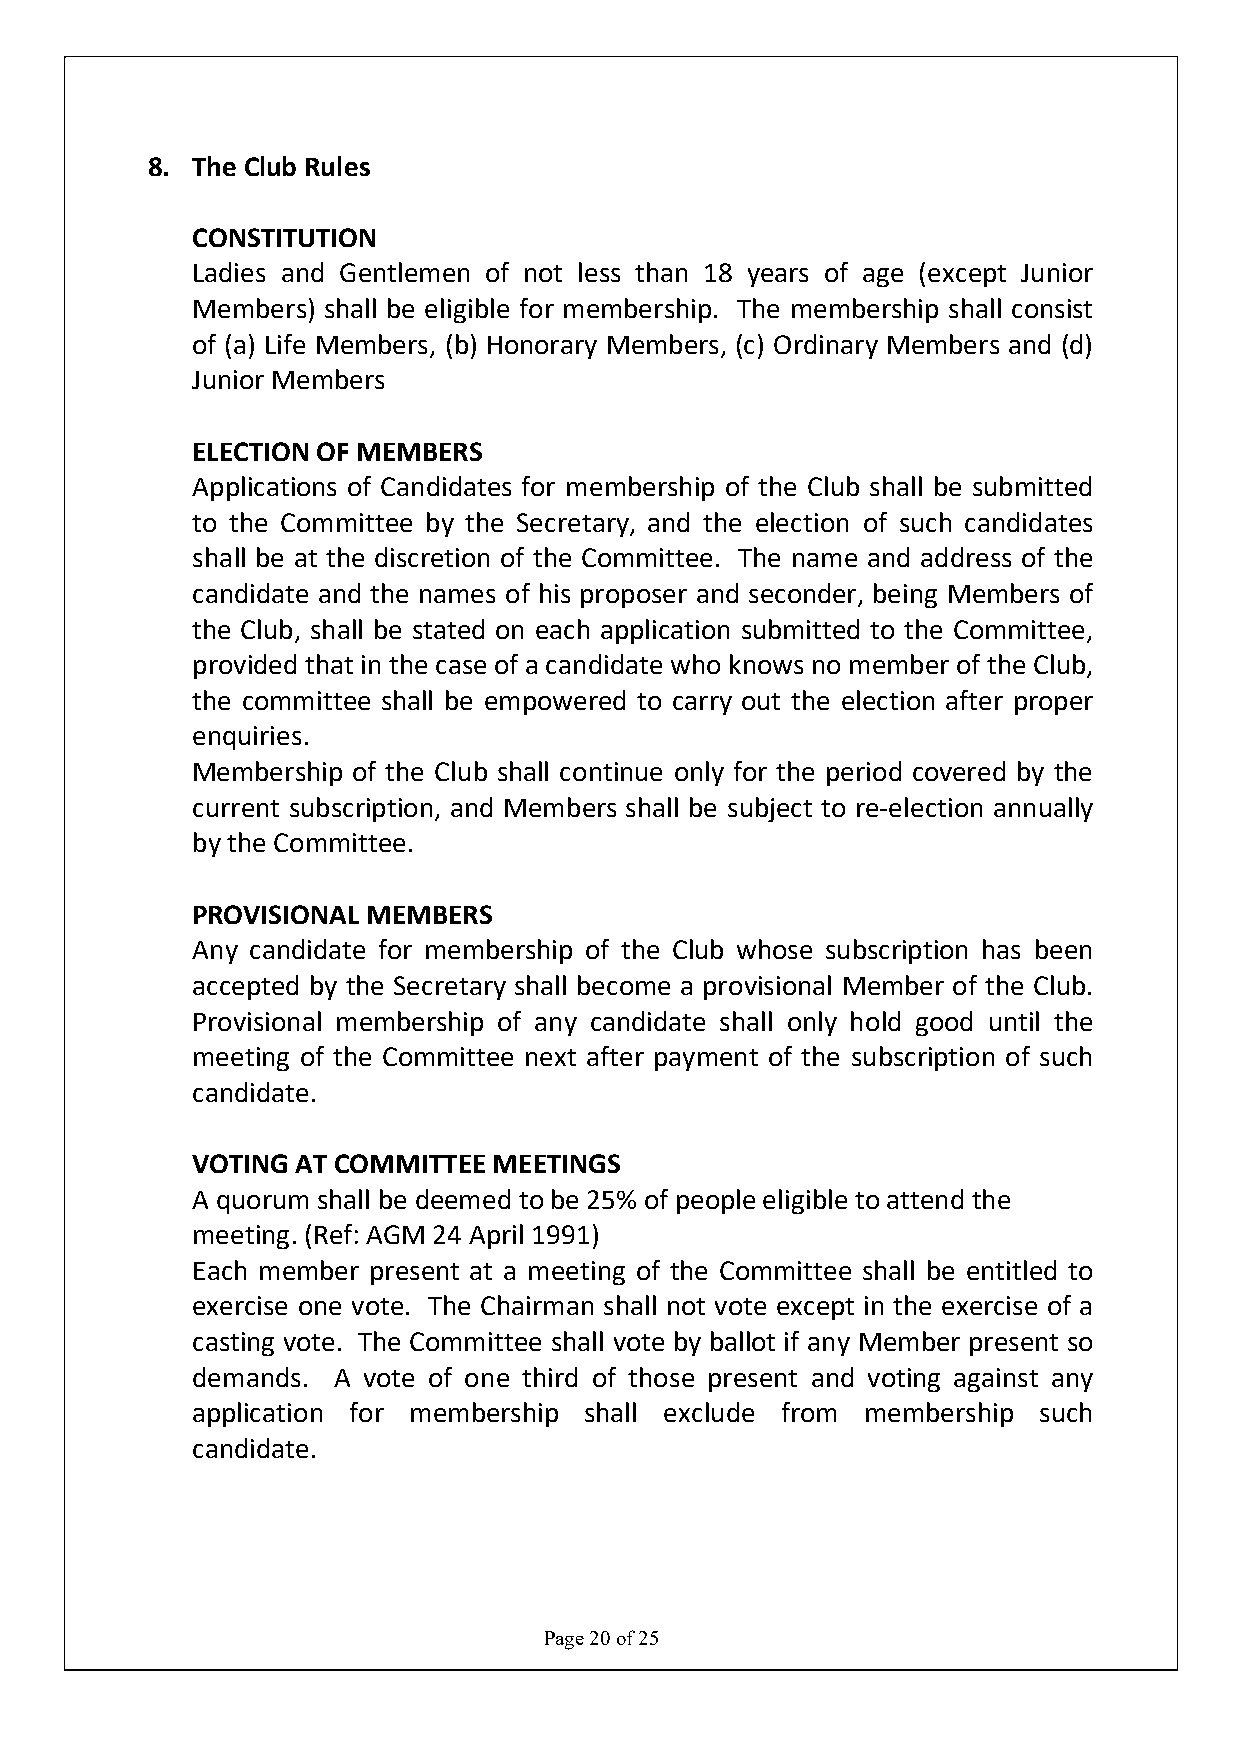
8. The Club Rules
 CONSTITUTION
 Ladies and Gentlemen of not less than 18 years of age (except Junior
 Members) shall be eligible for membership. The membership shall consist
 of (a) Life Members, (b) Honorary Members, (c) Ordinary Members and (d)
 Junior Members
 ELECTION OF MEMBERS
 Applications of Candidates for membership of the Club shall be submitted
 to the Committee by the Secretary, and the election of such candidates
 shall be at the discretion of the Committee. The name and address of the
 candidate and the names of his proposer and seconder, being Members of
 the Club, shall be stated on each application submitted to the Committee,
 provided that in the case of a candidate who knows no member of the Club,
 the committee shall be empowered to carry out the election after proper
 enquiries.
 Membership of the Club shall continue only for the period covered by the
 current subscription, and Members shall be subject to re-election annually
 by the Committee.
 PROVISIONAL MEMBERS
 Any candidate for membership of the Club whose subscription has been
 accepted by the Secretary shall become a provisional Member of the Club.
 Provisional membership of any candidate shall only hold good until the
 meeting of the Committee next after payment of the subscription of such
 candidate.
 VOTING AT COMMITTEE MEETINGS
 A quorum shall be deemed to be 25% of people eligible to attend the
 meeting. (Ref: AGM 24 April 1991)
 Each member present at a meeting of the Committee shall be entitled to
 exercise one vote. The Chairman shall not vote except in the exercise of a
 casting vote. The Committee shall vote by ballot if any Member present so
 demands. A vote of one third of those present and voting against any
 application for membership shall exclude from membership such
 candidate.
 Page 20 of 25